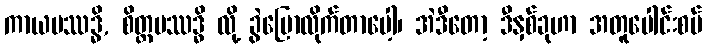
ကာယပဿဒ္ဓိ, စိတ္တပဿဒ္ဓိ လို့ ခွဲပြောလိုက်တာပေါ့၊ အဲဒီတော့ ဒီနှစ်ခုဟာ အတူပေါင်းစပ်